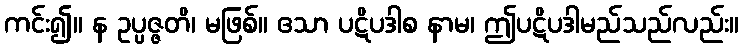
ကင်း၍။ န ဥပ္ပဇ္ဇတိ၊ မဖြစ်။ ဧသာ ပဋိပဒါစ နာမ၊ ဤပဋိပဒါမည်သည်လည်း။